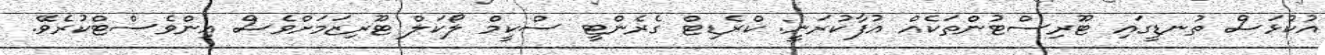
އުކުޅަސް ތުނޑީގައި ޓޫރިސްޓުންތަކެއް އުފާކުރަނީ: ކްރެޑިޓް ގެރެންޓީ ސްކީމް ލޯކަލް ޓޫރިޒަމަށްވެސް އިންވެސްޓްކުރެވޭ.